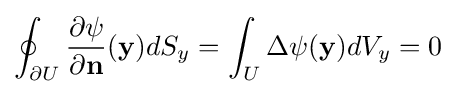
\oint _{\partial U}{\frac {\partial \psi }{\partial \mathbf {n} }}(\mathbf {y} )dS_{y}=\int _{U}\Delta \psi (\mathbf {y} )dV_{y}=0